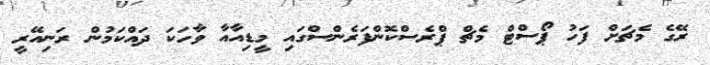
ރޭގެ މެޗަށް ފަހު ޕޯސްޓް މެޗް ޕްރެސްކޮންފަރެންސްގައި މީޑިއާއާ ވާހަކަ ދައްކަމުން ރަނިއޭރީ